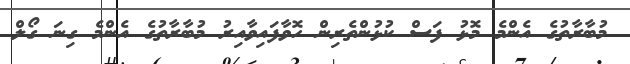
މުބާރާތުގެ އެންމެ މޮޅު ފަސް ކުޅުންތެރިން ހޮވާފައިވާއިރު މުބާރާތުގެ އެންމެ ގިނަ ގޯލް